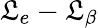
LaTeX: \mathfrak{L}_{e}-\mathfrak{L}_{\beta}